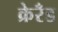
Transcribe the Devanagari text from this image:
क्रेरँड